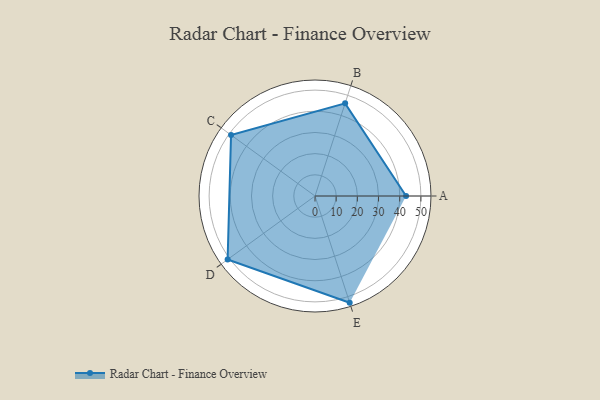
{"axis": {"x": "Skill", "y": "Score"}, "legend": ["Profile"], "data": [{"x": "A", "y": 43.0, "type": "Profile"}, {"x": "B", "y": 46.0, "type": "Profile"}, {"x": "C", "y": 49.0, "type": "Profile"}, {"x": "D", "y": 51.0, "type": "Profile"}, {"x": "E", "y": 53.0, "type": "Profile"}]}